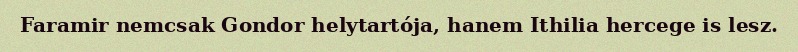
Faramir nemcsak Gondor helytartója, hanem Ithilia hercege is lesz.